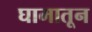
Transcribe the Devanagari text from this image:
घामातून